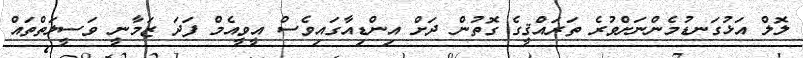
ލޮލް އަޅުގަނޑުމެންނަށްވުރެ ތަރައްޤީގެ ގޮތުން ދަށް އިންޑިއާގައިވެސް އީވީއެމް ފަދަ ޒަމާނީ ވަސީލަތްތައް